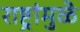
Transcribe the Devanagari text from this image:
राष्ट्रांमुळे